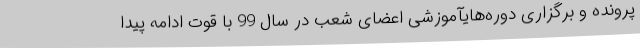
پرونده و برگزاری دوره‌هایآموزشی اعضای شعب در سال 99 با قوت ادامه پیدا